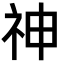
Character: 神